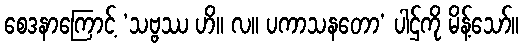
စေဒနာကြောင့် ‘သဗ္ဗဿ ဟိ။ လ။ ပကာသနတော’ ပါဌ်ကို မိန့်သော်။